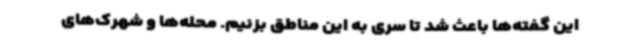
این گفته‌ها باعث شد تا سری به این مناطق بزنیم. محله‌ها و شهرک‌های